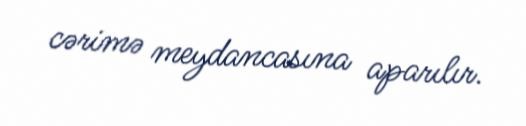
cərimə meydancasına aparılır.